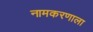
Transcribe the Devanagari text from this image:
नामकरणाला